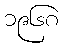
၁၉၆၈